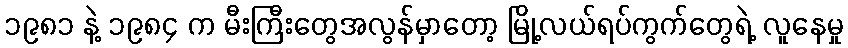
၁၉၈၁ နဲ့ ၁၉၈၄ က မီးကြီးတွေအလွန်မှာတော့ မြို့လယ်ရပ်ကွက်တွေရဲ့ လူနေမှု